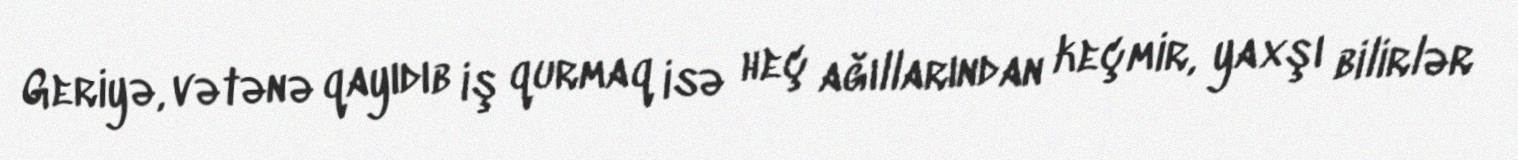
Geriyə, vətənə qayıdıb iş qurmaq isə heç ağıllarından keçmir, yaxşı bilirlər